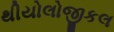
થીયોલોજીકલ